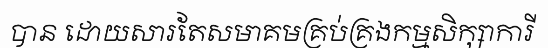
បាន ដោយសារតែសមាគមគ្រប់គ្រងកម្មសិក្សាការី